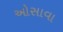
ઓસાવા